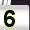
Digit: 5